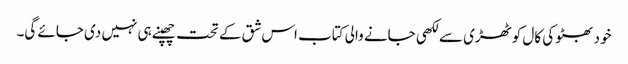
خود بھٹو کی کال کوٹھڑی سے لکھی جانے والی کتاب اس شق کے تحت چھپنے ہی نہیں دی جائے گی۔